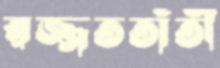
রজ্জততাঁতী